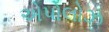
એપોલોઝ